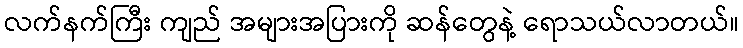
လက်နက်ကြီး ကျည် အများအပြားကို ဆန်တွေနဲ့ ရောသယ်လာတယ်။